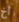
أخ